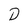
Character: D